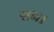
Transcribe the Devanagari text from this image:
सन।